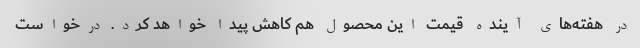
در هفته‌های آینده قیمت این محصول هم کاهش پیدا خواهد کرد. درخواست